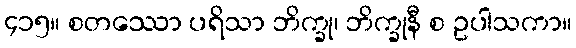
၄၁၅။ စတဿော ပရိသာ ဘိက္ခု၊ ဘိက္ခုနီ စ ဥပါသကာ။